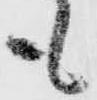
も